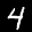
Label: 4